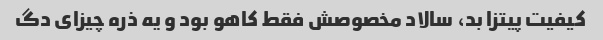
کیفیت پیتزا بد، سالاد مخصوصش فقط کاهو بود و یه ذره چیزای دگ